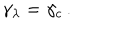
\gamma _ { \lambda } = \gamma _ { c } \, .